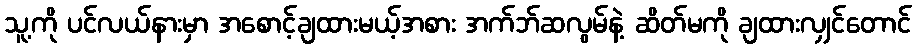
သူ့ကို ပင်လယ်နားမှာ အစောင့်ချထားမယ့်အစား အက်ဘ်ဆလွမ်နဲ့ ဆိတ်မကို ချထားလျှင်တောင်